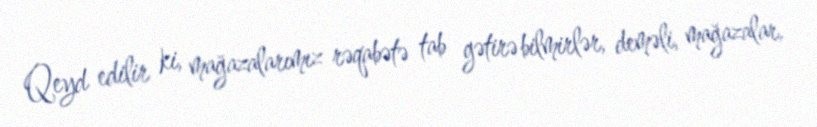
Qeyd edilir ki, mağazalarımız rəqabətə tab gətirə bilmirlər, deməli, mağazalar,